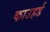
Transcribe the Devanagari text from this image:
काउहर्ड